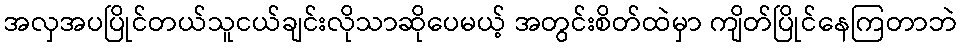
အလှအပပြိုင်တယ်သူငယ်ချင်းလိုသာဆိုပေမယ့် အတွင်းစိတ်ထဲမှာ ကျိတ်ပြိုင်နေကြတာဘဲ